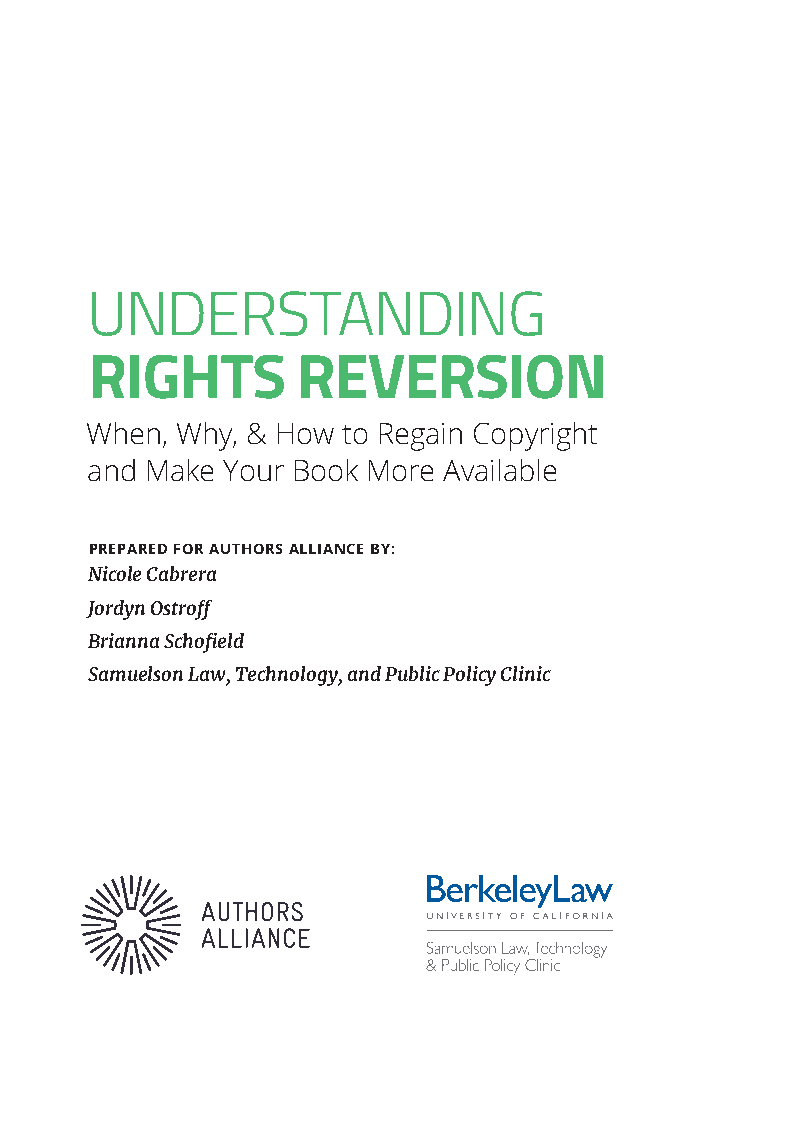
UNDERSTANDING
 RIGHTS        REVERSION
 When, Why, & How to Regain Copyright
 and Make Your Book More Available
 PREPARED FOR AUTHORS ALLIANCE BY:
 Nicole Cabrera
 Jordyn Ostroff
 Brianna Schofield
 Samuelson Law, Technology, and Public Policy Clinic